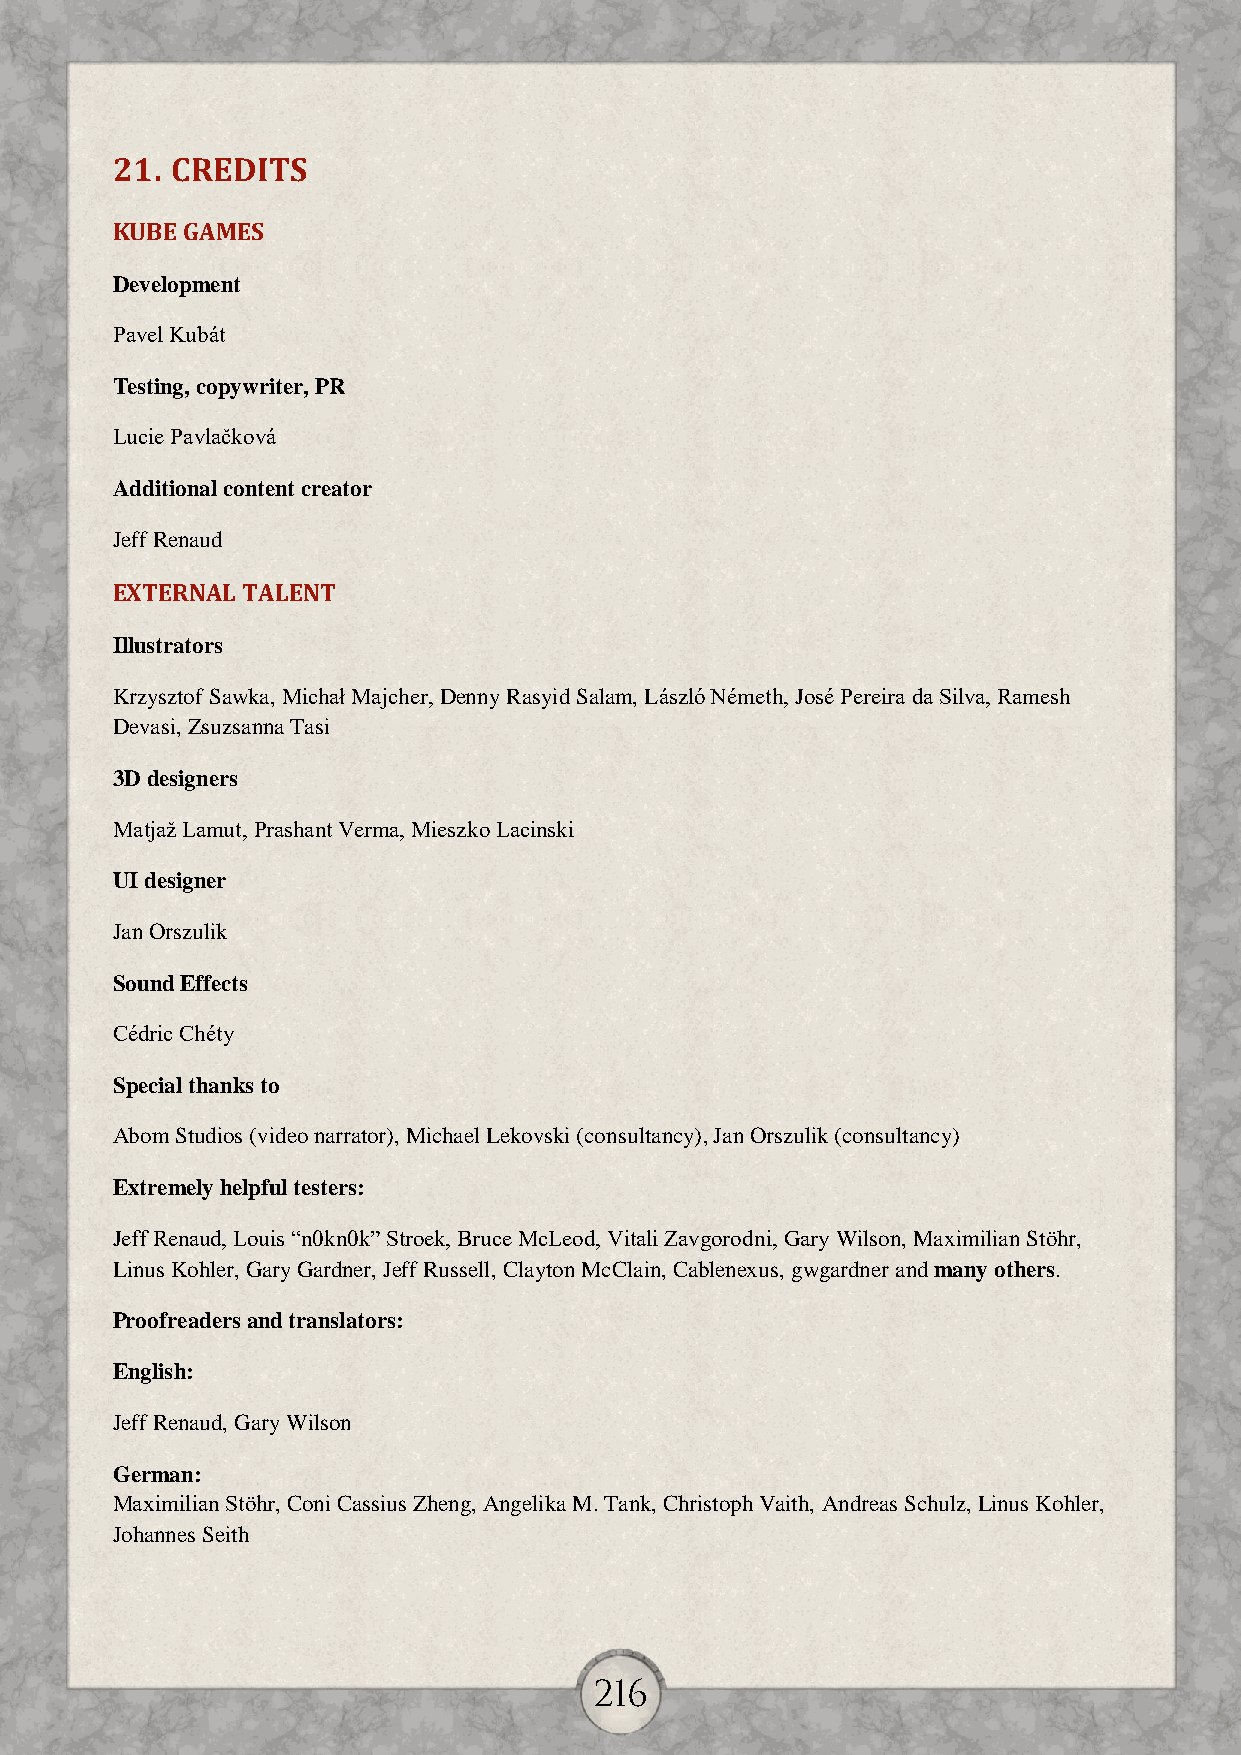
21. CREDITS
 KUBE GAMES
 Development
 Pavel Kubát
 Testing, copywriter, PR
 Lucie Pavlačková
 Additional content creator
 Jeff Renaud
 EXTERNAL TALENT
 Illustrators
 Krzysztof Sawka, Michał Majcher, Denny Rasyid Salam, László Németh, José Pereira da Silva, Ramesh
 Devasi, Zsuzsanna Tasi
 3D designers
 Matjaž Lamut, Prashant Verma, Mieszko Lacinski
 UI designer
 Jan Orszulik
 Sound Effects
 Cédric Chéty
 Special thanks to
 Abom Studios (video narrator), Michael Lekovski (consultancy), Jan Orszulik (consultancy)
 Extremely helpful testers:
 Jeff Renaud, Louis “n0kn0k” Stroek, Bruce McLeod, Vitali Zavgorodni, Gary Wilson, Maximilian Stöhr,
 Linus Kohler, Gary Gardner, Jeff Russell, Clayton McClain, Cablenexus, gwgardner and many others.
 Proofreaders and translators:
 English:
 Jeff Renaud, Gary Wilson
 German:
 Maximilian Stöhr, Coni Cassius Zheng, Angelika M. Tank, Christoph Vaith, Andreas Schulz, Linus Kohler,
 Johannes Seith
 216